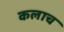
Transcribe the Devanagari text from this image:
कलाच